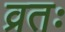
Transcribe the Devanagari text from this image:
व्रतः